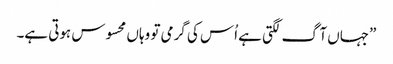
”جہاں آگ لگتی ہے اُس کی گرمی تو وہاں محسوس ہوتی ہے۔